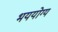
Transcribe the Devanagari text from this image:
भययोग्य